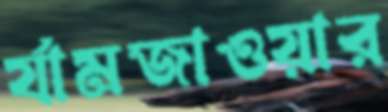
র‍্যামজাওয়ার